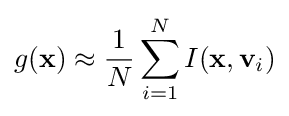
g(\mathbf {x} )\approx {\frac {1}{N}}\sum _{i=1}^{N}I(\mathbf {x} ,\mathbf {v} _{i})